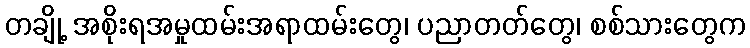
တချို့ အစိုးရအမှုထမ်းအရာထမ်းတွေ၊ ပညာတတ်တွေ၊ စစ်သားတွေက